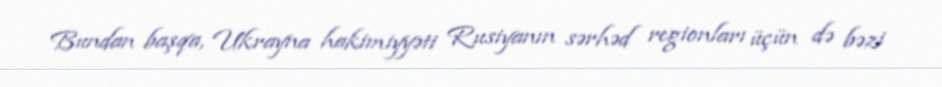
Bundan başqa, Ukrayna hakimiyyəti Rusiyanın sərhəd regionları üçün də bəzi